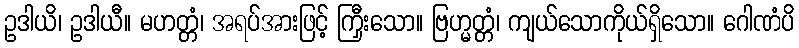
ဥဒါယိ၊ ဥဒါယီ။ မဟတ္တံ၊ အရပ်အားဖြင့် ကြှီးသော။ ဗြဟ္မတ္တံ၊ ကျယ်သောကိုယ်ရှိသော။ ဂေါဏံပိ